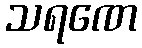
သရဏေ